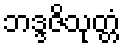
ဘဒ္ဒဇိသုတ္တံ